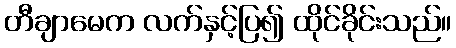
တီချာမေက လက်နှင့်ပြ၍ ထိုင်ခိုင်းသည်။